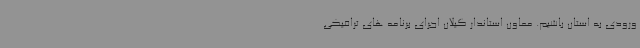
ورودی به استان باشیم. معاون استاندار گیلان اجرای برنامه های ترافیکی